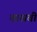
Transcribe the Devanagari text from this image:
वासवी